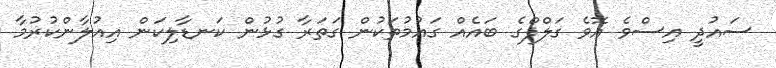
ސައުދީ އިސްވެ އޮވެ ގަލްފްގެ ބައެއް ގައުމުތަކުން ގަތަރާ ގުޅުން ކަނޑާލިކަން އިއުލާންކުރުމާ